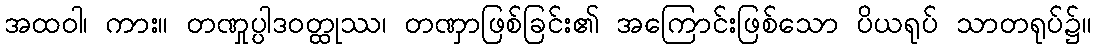
အထဝါ၊ ကား။ တဏှုပ္ပါဒဝတ္ထုဿ၊ တဏှာဖြစ်ခြင်း၏ အကြောင်းဖြစ်သော ပိယရုပ် သာတရုပ်၌။